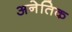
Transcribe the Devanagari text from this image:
अनेतिक